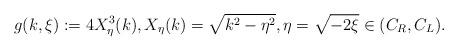
LaTeX: \begin{align*} g(k,\xi):=4X^3_\eta(k), X_{\eta}(k)=\sqrt{k^2-\eta^2}, \eta=\sqrt{-2\xi}\in(C_R, C_L).\end{align*}